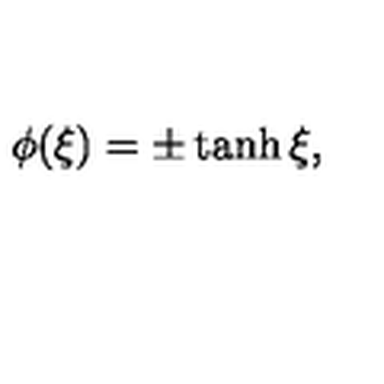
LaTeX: \phi ( \xi ) = \pm \tanh \xi ,